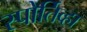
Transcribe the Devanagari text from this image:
स्पोर्तिव्हा